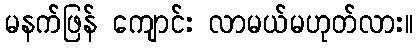
မနက်ဖြန် ကျောင်း လာမယ်မဟုတ်လား။